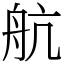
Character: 航